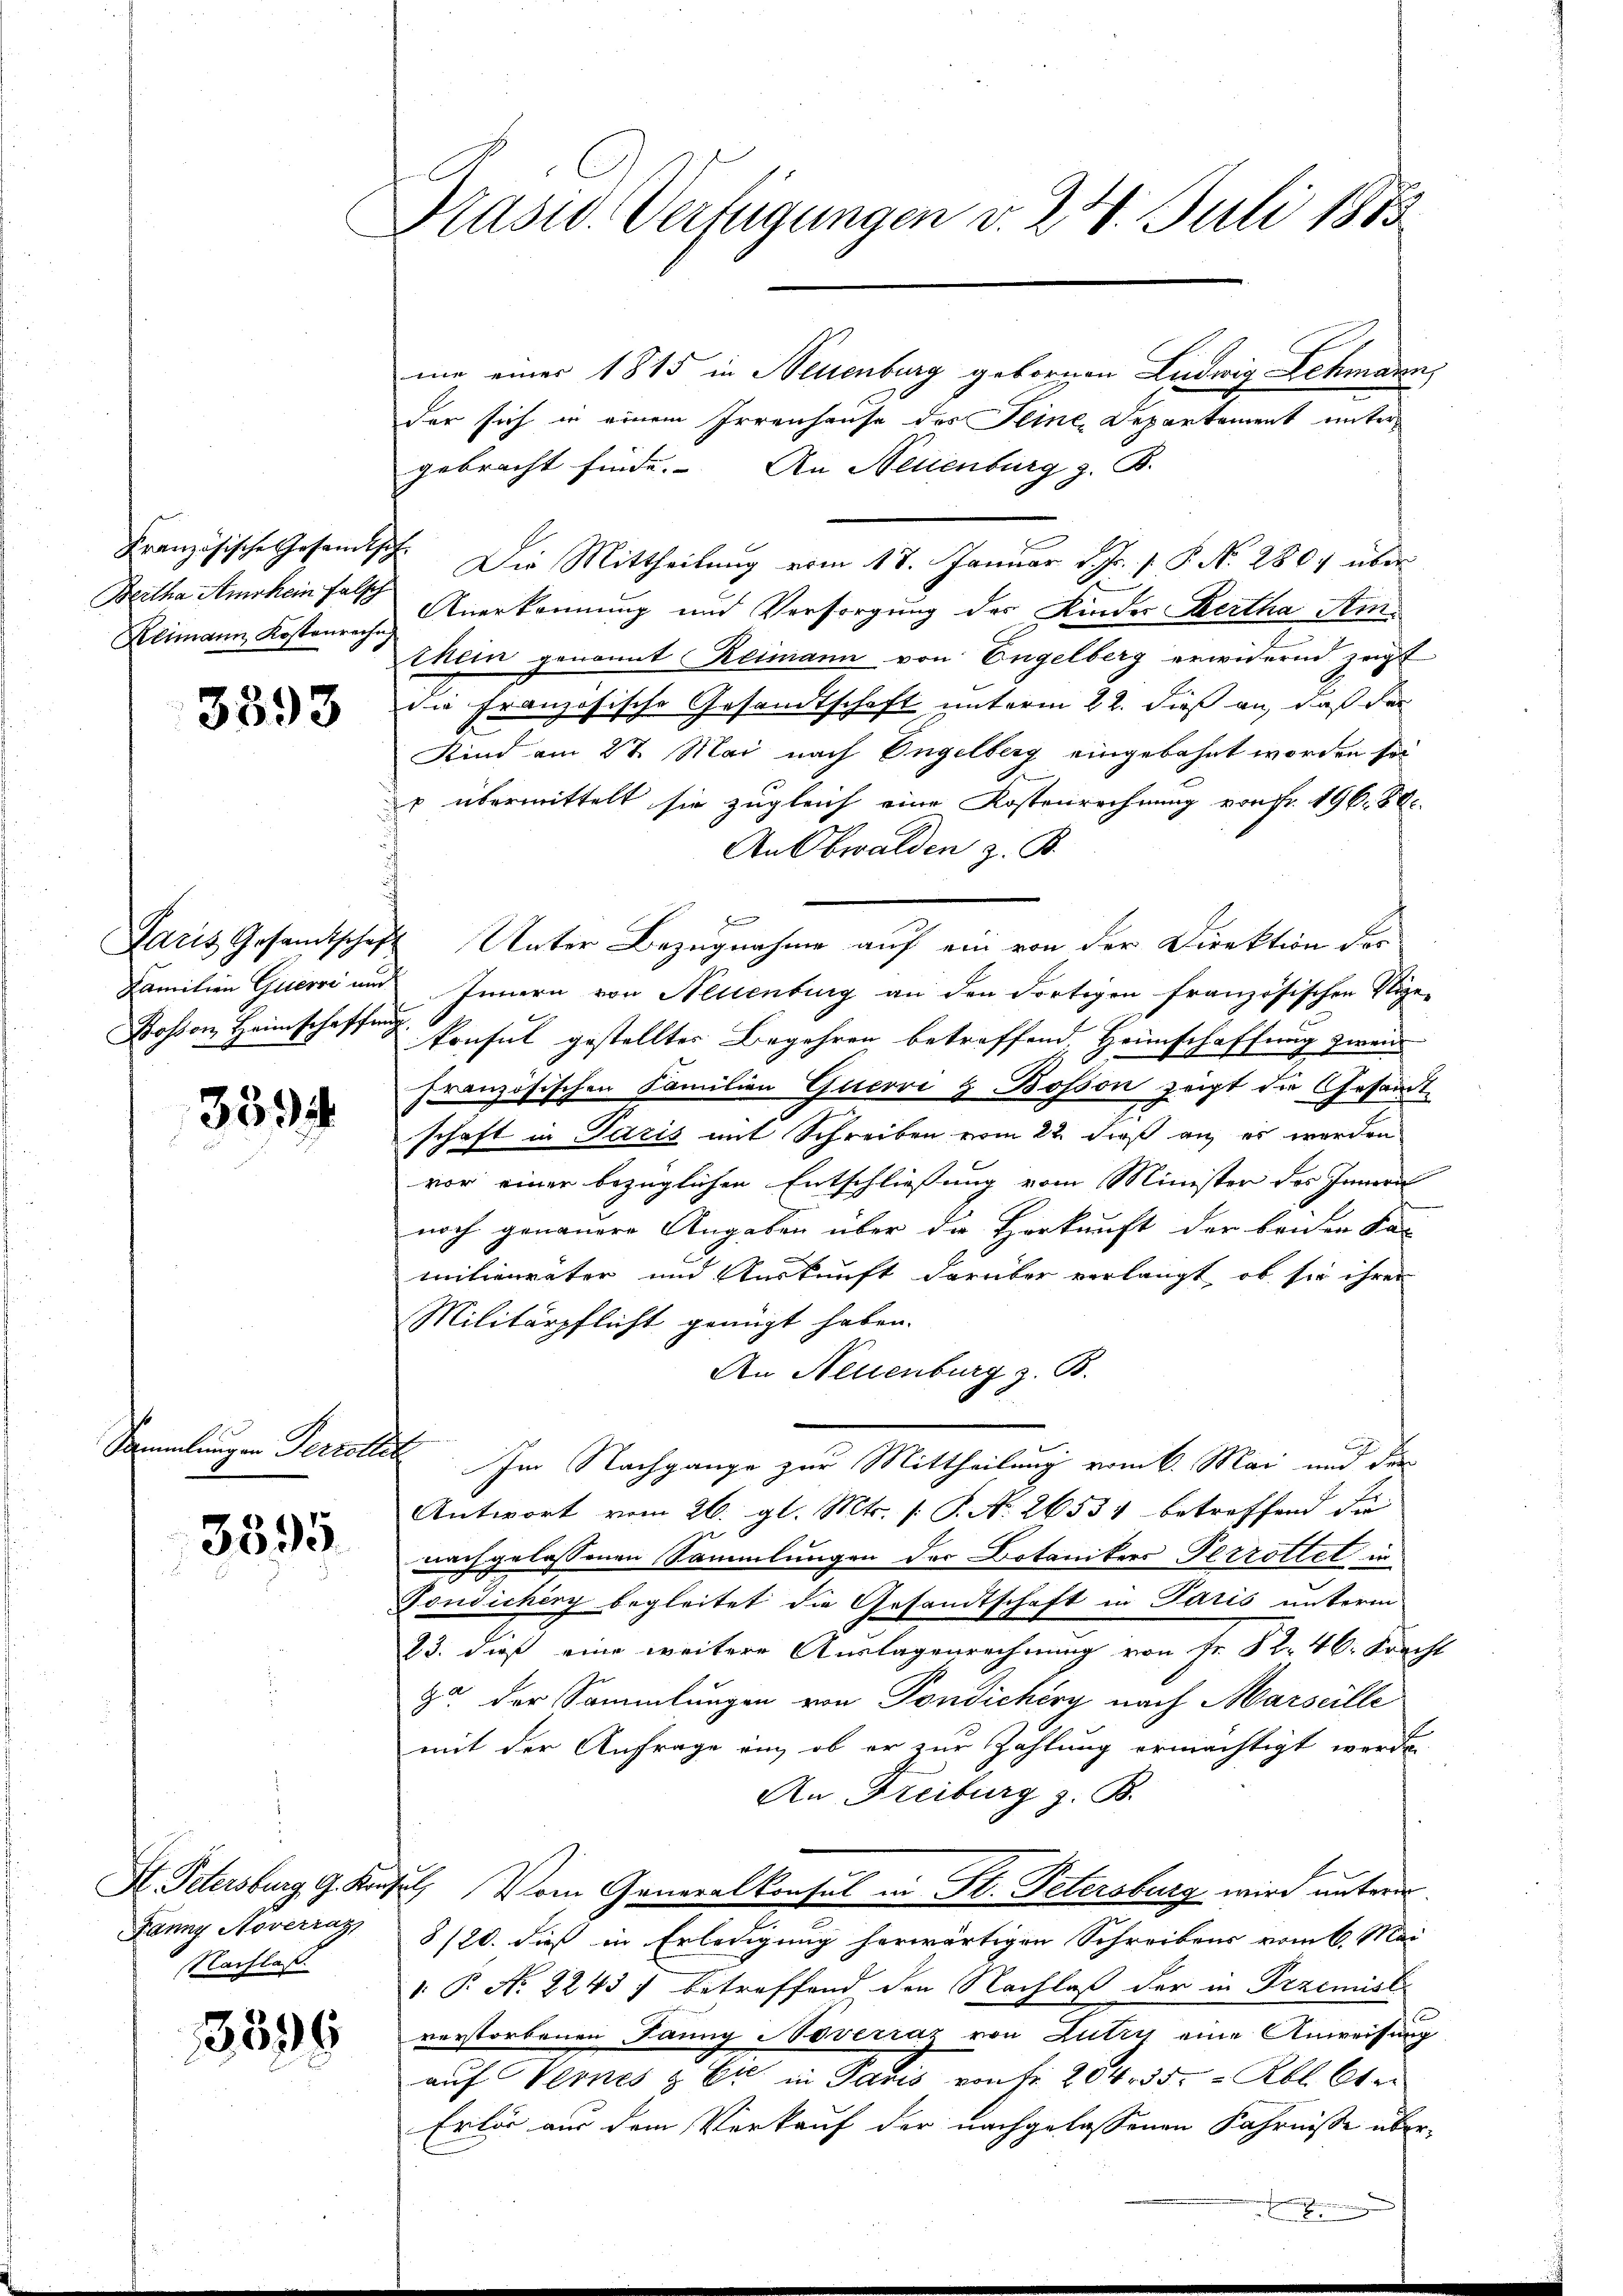
Bertha Amrhein falsch

3393

3394

Sammlungen Perrollet

3395

Fanny Noverrat,
Nachlaß

3599

Präsid. Verfügungen v. 24. Juli 1883

me einer 1815 in Neuenburg gebornen Liedwig Lehmann,
der sich in einem Irrenhause des Seine, Departement unter
gebracht finde. An Neuenburg z. B.
Französische Gesamtsch. Die Mittheilung vom 18. Januar d. Js. 1. P. N. 2804 über
Reimann Kostenreche Anerkennung und Versorgung des Kinder Mertha Amtkein genannt Reimann von Engelberg erwidernd zeigt
die französische Gesandtschaft unterm 22. dieß an, daß der
Kind am 27. Mai nach Engelberg eingebahnt worden sol
v übermittelt sie zugleich eine Kostenrechnung von Fr. 196. 88.
An Obwalden z. B.
Paris Gesamtschaft Unter Bezugnahme auf ein von der Direktion der
Familien Quersi und Innern von Neuenburg an den dortigen französischen Stipe-
Boston Heimschaffung konsul gestellter Begehren betreffend, Heimschaffung zwei
französischen Familien Gucove & Bosson zeigt die Gesammtschaft in Paris mit Schreiben vom 22. dieß an es werden
vor einer bezüglichen Entschliessung vom Minister des Innern
noch genauere Angaben über die Herkunft der beiden Sa-
milienväter und Auskunft darüber verlangt, ob sie ihrer
Militärpflicht genügt haben.
An Neuenburg z. B.
Im Nachgange zur Mittheilung vom 6. Mai und die
Antwort vom 26. gl. Mts. (: P. N. 26534 betreffend die
nachgelassenen Sammlungen der Botanikers Perrottet in
Tondichery begleitet die Gesandtschaft in Paris unterm
23. dieß eine weitere Auslagenrechnung von Fr. 82. 46. Kracht
za der Sammlungen von Tondicherg nach Marseille
mit der Anfrage an, ob er zur Zahlung ermächtigt werden
An Freiburg z. B.
S. Petersburg G. Konsul, Vom Generalkonsul in St. Petersburg wird unterm
8/20. dieß in Erledigung herwärtigen Schreibens vom 6. Mai
 P. No 2243) betreffend den Nachlaß der in Przemisli
verstorbenen Panng Noverraz von Lutry eine Anweisung
auf Vernes & Er in Paris von fr. 204. 35 Rbl. Ober
Erlär aus dem Verkauf der nachgelassenen Fahrnisse über¬